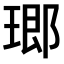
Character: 𤧨